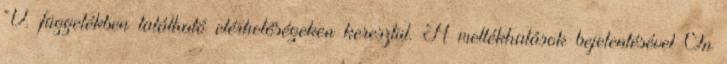
V. függelékben található elérhetőségeken keresztül. A mellékhatások bejelentésével Ön